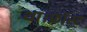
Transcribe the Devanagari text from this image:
था।फ्रॉस्ट